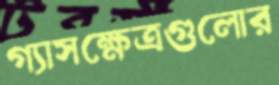
গ্যাসক্ষেত্রগুলোর